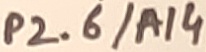
Text: P2.6/A14